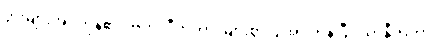
ပွားများအပ်ကုန်၏။ ဗဟုလီကတာ၊ များစွာပြုအပ်ကုန်ပြီ။ ယာနီကတာ၊